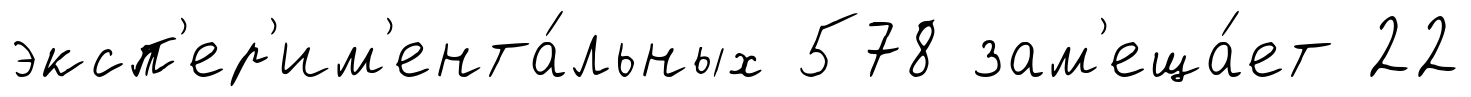
эксп'ер'им'ента́льных 578 зам'еща́ет 22